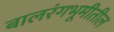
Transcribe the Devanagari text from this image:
बालरंगभूमीतील